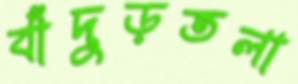
বাঁদুড়তলা